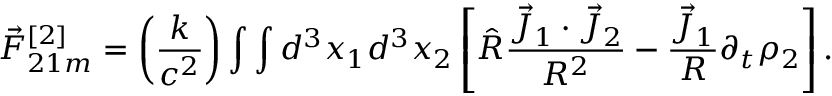
\vec { F } _ { 2 1 m } ^ { [ 2 ] } = \left( \frac { k } { c ^ { 2 } } \right) \int \int d ^ { 3 } x _ { 1 } d ^ { 3 } x _ { 2 } \left[ \hat { R } \frac { \vec { J } _ { 1 } \cdot \vec { J } _ { 2 } } { R ^ { 2 } } - \frac { \vec { J } _ { 1 } } { R } \partial _ { t } \rho _ { 2 } \right] .